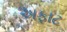
અફાટ